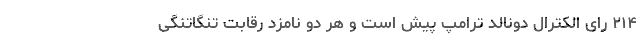
۲۱۴ رای الکترال دونالد ترامپ پیش است و هر دو نامزد رقابت تنگاتنگی